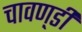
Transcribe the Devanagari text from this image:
चावण़्डी